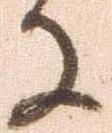
に